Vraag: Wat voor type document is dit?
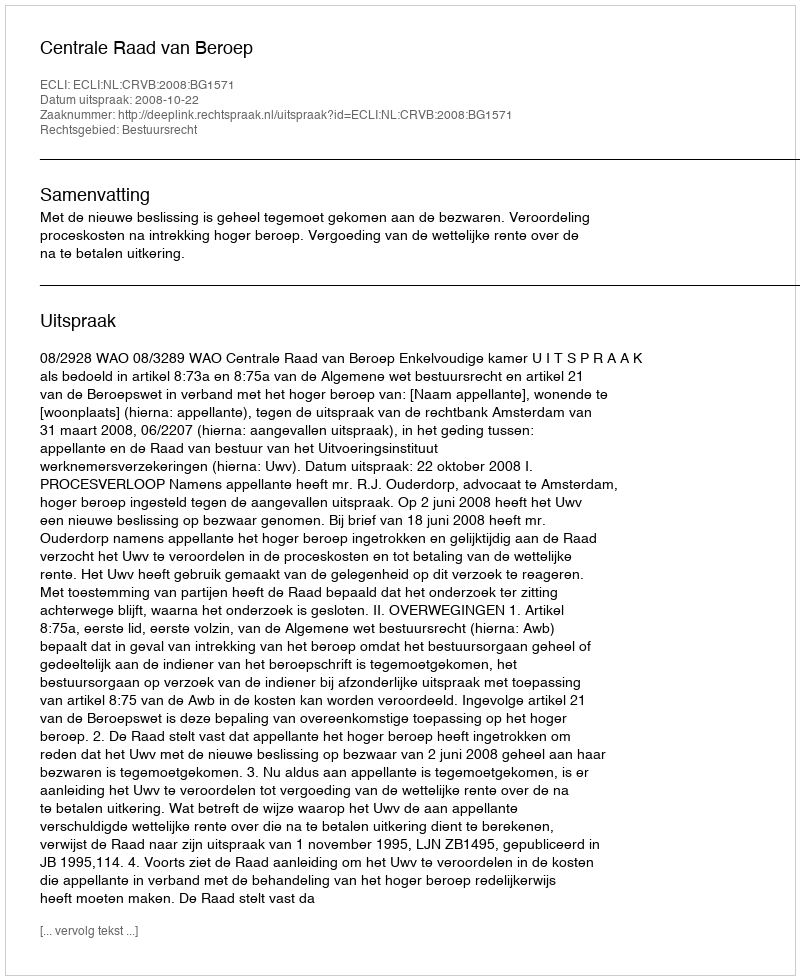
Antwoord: Uitspraak